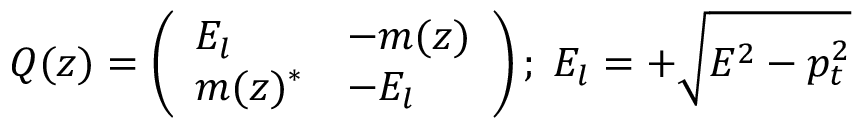
Q ( z ) = \left( \begin{array} { l l } { { E _ { l } } } & { { - m ( z ) } } \\ { { m ( z ) ^ { \ast } } } & { { - E _ { l } } } \end{array} \right) ; \; E _ { l } = + \sqrt { E ^ { 2 } - p _ { t } ^ { 2 } }